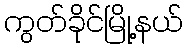
ကွတ်ခိုင်မြို့နယ်